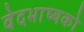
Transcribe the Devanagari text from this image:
वेदभाष्यको